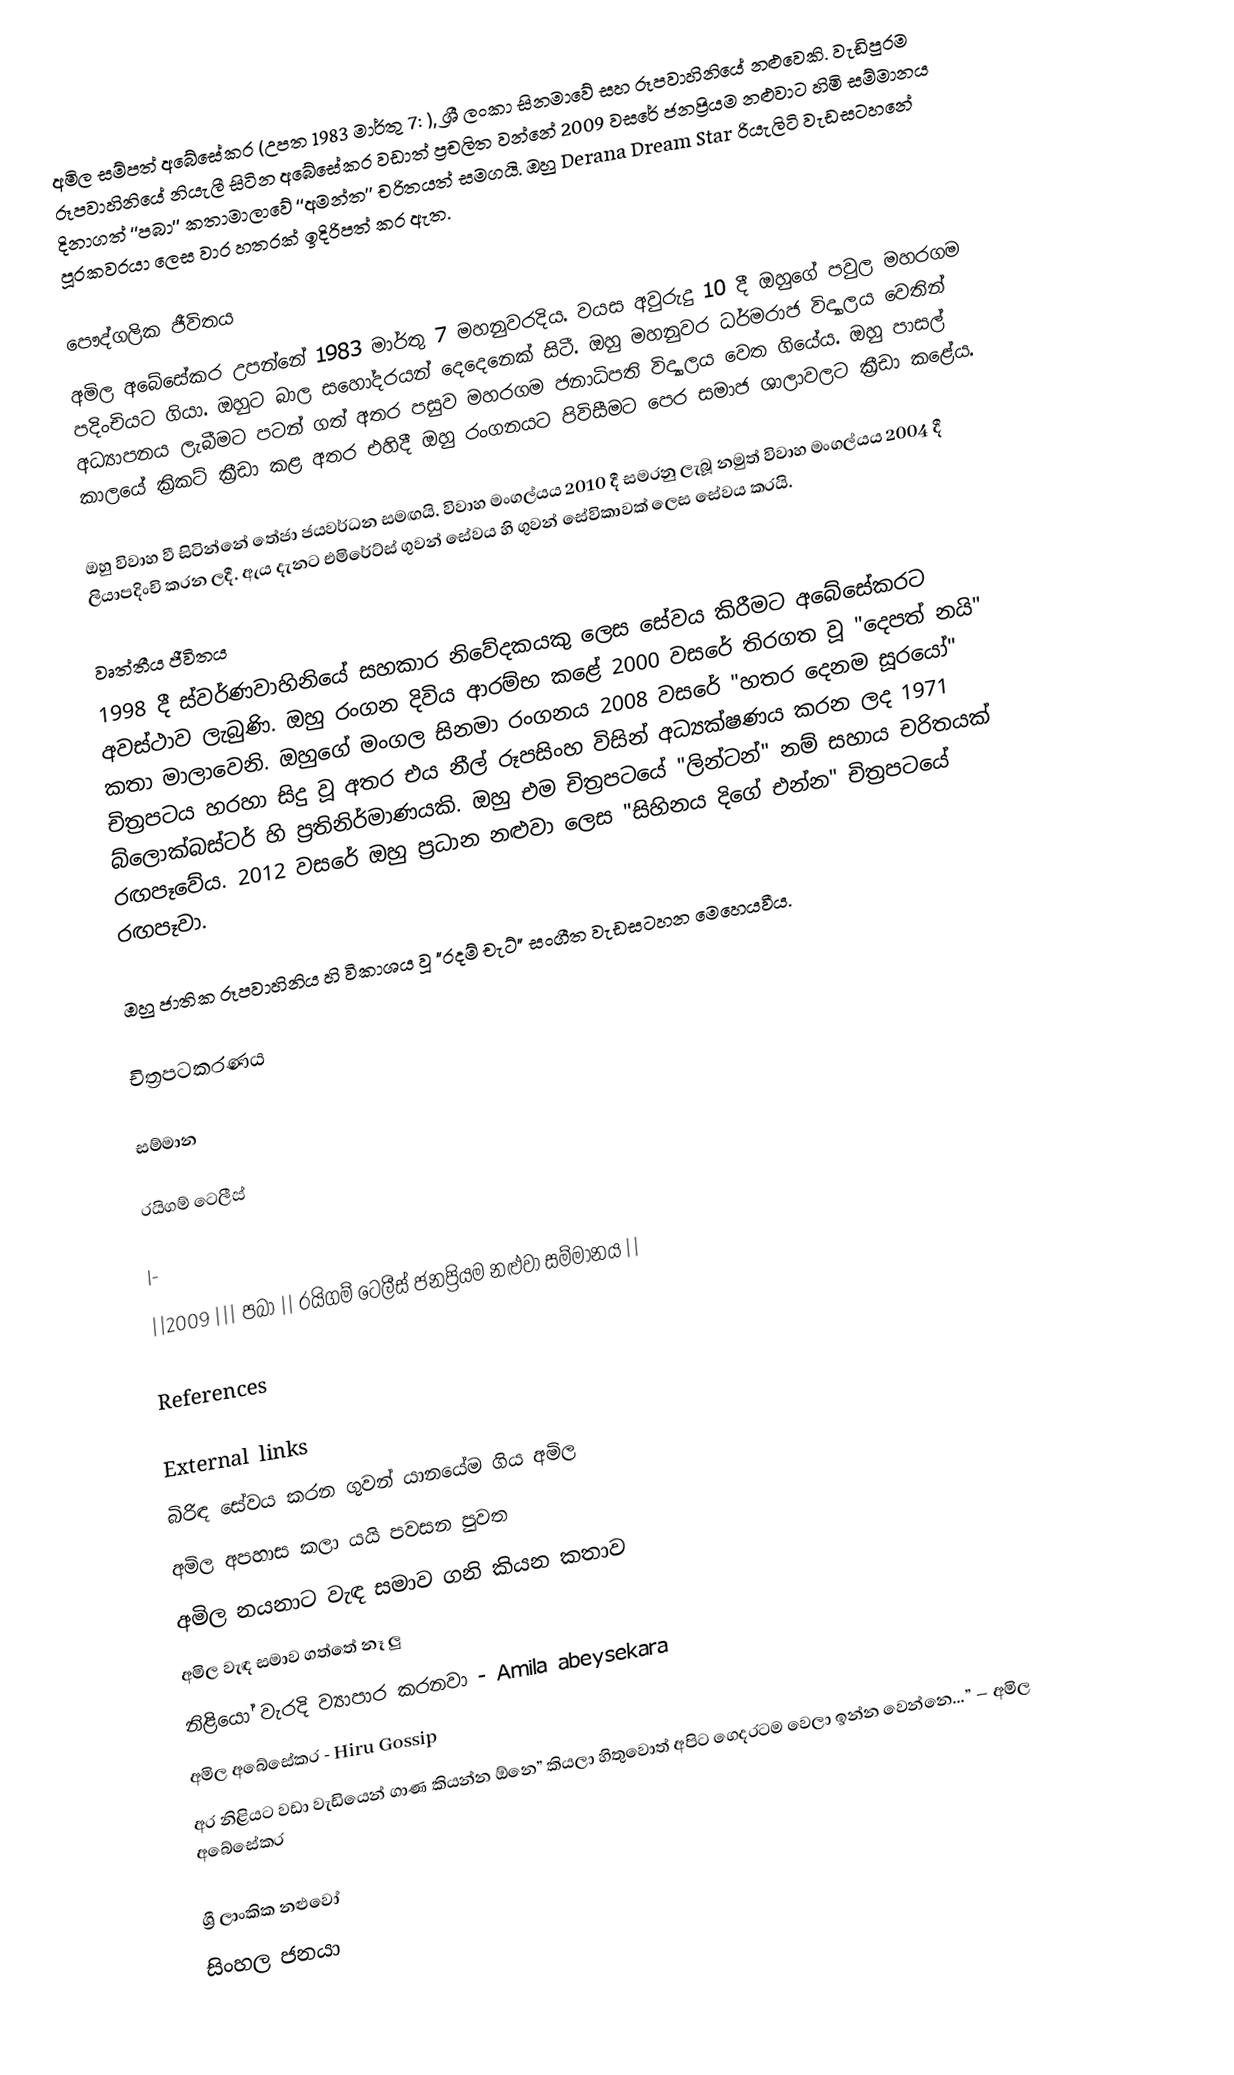
අමිල සම්පත් අබේසේකර (උපත 1983 මාර්තු 7: ), ශ්‍රී ලංකා සිනමාවේ සහ රූපවාහිනියේ නළුවෙකි. වැඩිපුරම රූපවාහිනියේ නියැලී සිටින අබේසේකර වඩාත් ප්‍රචලිත වන්නේ 2009 වසරේ ජනප්‍රියම නළුවාට හිමි සම්මානය දිනාගත් ‘‘පබා’’ කතාමාලාවේ ‘‘අමන්ත’’ චරිතයත් සමගයි. ඔහු Derana Dream Star රියැලිටි වැඩසටහනේ පූරකවරයා ලෙස වාර හතරක් ඉදිරිපත් කර ඇත.

පෞද්ගලික ජීවිතය
අමිල අබේසේකර උපන්නේ 1983 මාර්තු 7 මහනුවරදිය. වයස අවුරුදු 10 දී ඔහුගේ පවුල මහරගම පදිංචියට ගියා. ඔහුට බාල සහෝදරයන් දෙදෙනෙක් සිටී. ඔහු මහනුවර ධර්මරාජ විද්‍යාලය වෙතින් අධ්‍යාපනය ලැබීමට පටන් ගත් අතර පසුව මහරගම ජනාධිපති විද්‍යාලය වෙත ගියේය. ඔහු පාසල් කාලයේ ක්‍රිකට් ක්‍රීඩා කළ අතර එහිදී ඔහු රංගනයට පිවිසීමට පෙර සමාජ ශාලාවලට ක්‍රීඩා කළේය.

ඔහු විවාහ වී සිටින්නේ තේජා ජයවර්ධන සමඟයි. විවාහ මංගල්යය 2010 දී සමරනු ලැබූ නමුත් විවාහ මංගල්යය 2004 දී ලියාපදිංචි කරන ලදී. ඇය දැනට එමිරේට්ස් ගුවන් සේවය හි ගුවන් සේවිකාවක් ලෙස සේවය කරයි.

වෘත්තීය ජීවිතය
1998 දී ස්වර්ණවාහිනියේ සහකාර නිවේදකයකු ලෙස සේවය කිරීමට අබේසේකරට අවස්ථාව ලැබුණි. ඔහු රංගන දිවිය ආරම්භ කළේ 2000 වසරේ තිරගත වූ "දෙපත් නයි" කතා මාලාවෙනි. ඔහුගේ මංගල සිනමා රංගනය 2008 වසරේ "හතර දෙනම සූරයෝ" චිත්‍රපටය හරහා සිදු වූ අතර එය නීල් රූපසිංහ විසින් අධ්‍යක්ෂණය කරන ලද 1971 බ්ලොක්බස්ටර් හි ප්‍රතිනිර්මාණයකි. ඔහු එම චිත්‍රපටයේ "ලින්ටන්" නම් සහාය චරිතයක් රඟපෑවේය. 2012 වසරේ ඔහු ප්‍රධාන නළුවා ලෙස "සිහිනය දිගේ එන්න" චිත්‍රපටයේ රඟපෑවා.

ඔහු ජාතික රූපවාහිනිය හි විකාශය වූ "රදම් චැට්" සංගීත වැඩසටහන මෙහෙයවීය.

චිත්‍රපටකරණය

සම්මාන

රයිගම් ටෙලීස්

|-
||2009 ||| පබා || රයිගම් ටෙලීස් ජනප්‍රියම නළුවා සම්මානය ||

References

External links
 බිරිඳ සේවය කරන ගුවන් යානයේම ගිය අමිල
 අමිල අපහාස කලා යයි පවසන පුවත
 අමිල නයනාට වැඳ සමාව ගනි කියන කතාව
 අමිල වැඳ සමාව ගත්තේ නෑ ලු
 නිළියෝ වැරදි ව්‍යාපාර කරනවා - Amila abeysekara
 අමිල අබේසේකර - Hiru Gossip
 අර නිළියට වඩා වැඩියෙන් ගාණ කියන්න ඕනෙ” කියලා හිතුවොත් අපිට ගෙදරටම වෙලා ඉන්න වෙන්නෙ…” – අමිල අබේසේකර

ශ්‍රී ලාංකික නළුවෝ
සිංහල ජනයා